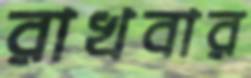
রাখবার